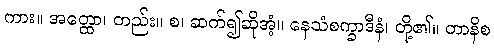
ကား။ အတ္ထော၊ တည်း။ စ၊ ဆက်၍ဆိုအံ့။ နေသံစက္ခာဒီနံ၊ တို့၏။ တာနိစ